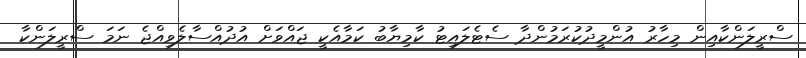
ސްރީލަންކާއިން މިހާރު އުންމީދުކުރަމުންދާ ސެޓެލައިޓު ކާމިޔާބު ކަމާއެކީ ޖައްވަށް އުދުއްސާލެވިއްޖެ ނަމަ ސްރީލަންކާ